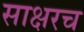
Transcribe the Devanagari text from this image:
साक्षरच